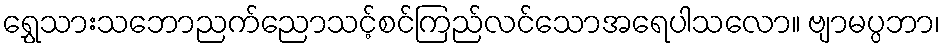
ရွှေသားသဘောညက်ညောသင့်စင်ကြည်လင်သောအရေပါသလော။ ဗျာမပ္ပဘာ၊